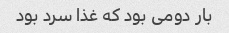
بار دومی بود که غذا سرد بود